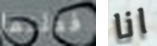
فعلتما انا